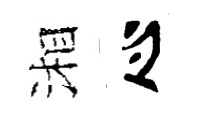
湘心